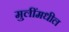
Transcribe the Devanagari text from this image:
मुलींमधील